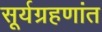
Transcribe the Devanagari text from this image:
सूर्यग्रहणांत